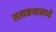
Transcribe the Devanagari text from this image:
सत्यकथामध्ये